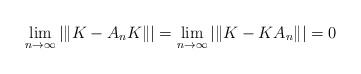
LaTeX: \begin{align*}\lim_{n \to \infty} |\|K - A_nK\|| = \lim_{n \to \infty} |\|K - KA_n\|| = 0\end{align*}